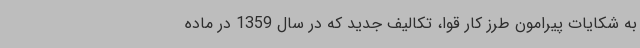
به شکایات پیرامون طرز کار قوا، تکالیف جدید که در سال 1359 در ماده